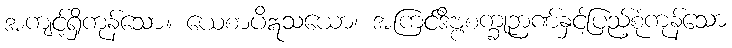
အကျင့်ရှိကုန်သော။ ယေစာပိဣသယော၊ အကြင်ဒိဗ္ဗစက္ခုဉာဏ်နှင့်ပြည့်စုံကုန်သော